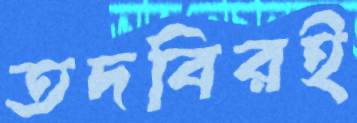
তদবিরই